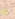
آآ